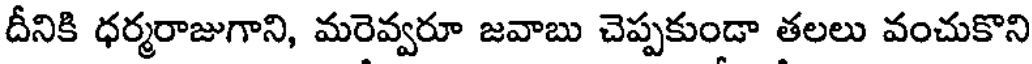
దీనికి ధర్మరాజుగాని, మరెవ్వరూ జవాబు చెప్పకుండా తలలు వంచుకొని